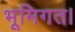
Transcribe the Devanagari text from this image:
भूमिगत।